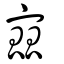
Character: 寙